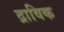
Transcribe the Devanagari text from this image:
द्राविक